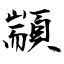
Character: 顓